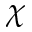
\chi